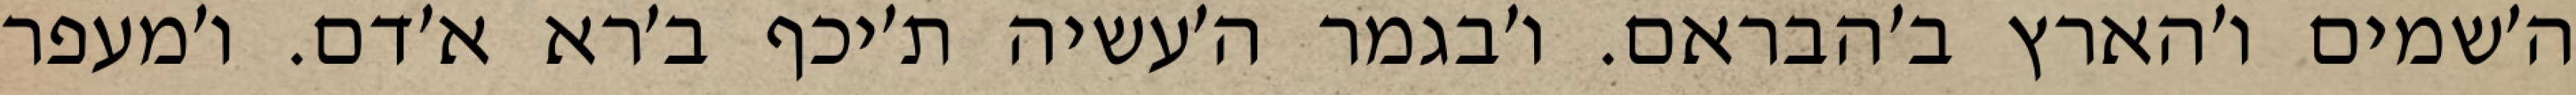
ה׳שמים ו׳הארץ ב׳הבראם. ו׳בגמר ה׳עשיה ת׳יכף ב׳רא א׳דם. ו׳מעפר